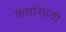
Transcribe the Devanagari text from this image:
कक्षांसाठी